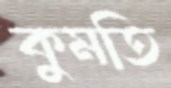
কুমতি